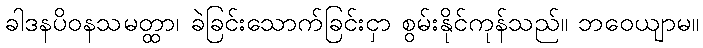
ခါဒနပိဝနသမတ္ထာ၊ ခဲခြင်းသောက်ခြင်းငှာ စွမ်းနိုင်ကုန်သည်။ ဘဝေယျာမ။